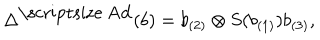
\Delta ^ { \mathrm { \scriptsize ~ A d } } ( b ) = b _ { ( 2 ) } \otimes S ( b _ { ( 1 ) } ) b _ { ( 3 ) } ,